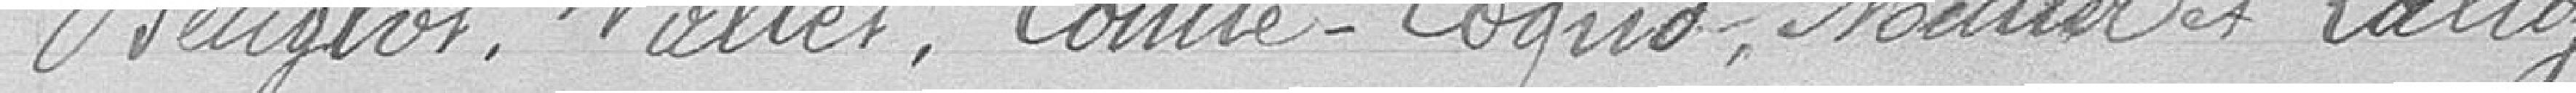
Reuglof, Vallet, Comte-Cogno, Muller et Lalloz.